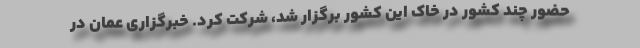
حضور چند کشور در خاک این کشور برگزار شد، شرکت کرد. خبرگزاری عمان در